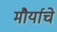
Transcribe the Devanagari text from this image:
मौर्याचे